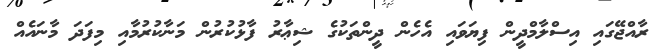
ރާއްޖޭގައި އިސްލާމްދީން ފިޔަވައި އެހެން ދީންތަކުގެ ޝިޢާރު ފާޅުކުރުން މަނާކުރުމާއި މިފަދަ މާނައެއް